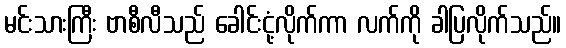
မင်းသားကြီး ဗာစီလီသည် ခေါင်းငုံ့လိုက်ကာ လက်ကို ခါပြလိုက်သည်။